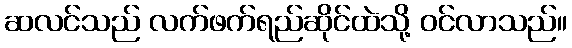
ဆလင်သည် လက်ဖက်ရည်ဆိုင်ထဲသို့ ဝင်လာသည်။